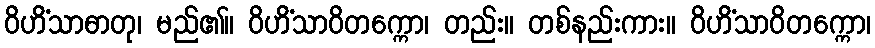
ဝိဟိံသာဓာတု၊ မည်၏။ ဝိဟိံသာဝိတက္ကော၊ တည်း။ တစ်နည်းကား။ ဝိဟိံသာဝိတက္ကော၊